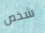
شخص